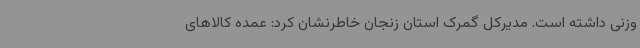
وزنی داشته است. مدیرکل گمرک استان زنجان خاطرنشان کرد: عمده کالاهای